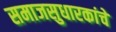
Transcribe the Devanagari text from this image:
समाजसुधारकांचे